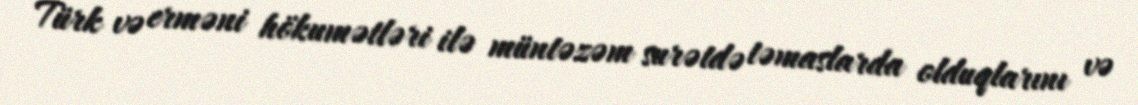
Türk və erməni hökumətləri ilə müntəzəm surətdə təmaslarda olduqlarını və